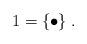
LaTeX: \begin{align*}1=\{\bullet\}\;.\end{align*}